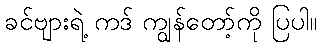
ခင်ဗျားရဲ့ ကဒ် ကျွန်တော့်ကို ပြပါ။